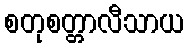
စတုစတ္တာလီသာယ